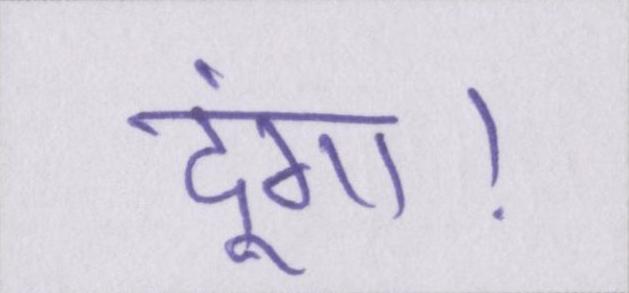
दूंगा।